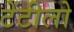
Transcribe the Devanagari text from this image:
टेंटीलो